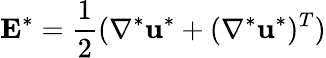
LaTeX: \mathbf{E}^{*}=\frac{1}{2}(\nabla^{*}\mathbf{u}^{*}+(\nabla^{*}\mathbf{u}^{*})^{T})